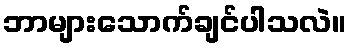
ဘာများသောက်ချင်ပါသလဲ။